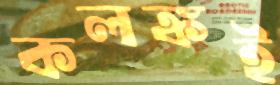
কলঙ্কই